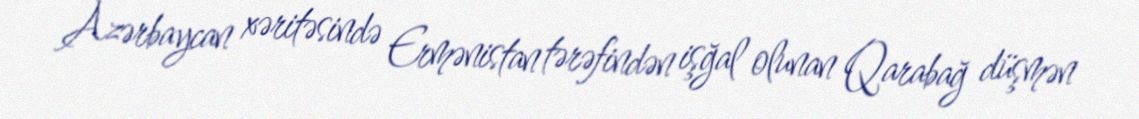
Azərbaycan xəritəsində Ermənistan tərəfindən işğal olunan Qarabağ düşmən